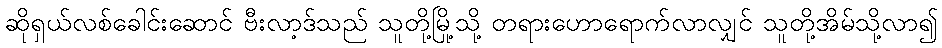
ဆိုရှယ်လစ်ခေါင်းဆောင် ဗီးလာ့ဒ်သည် သူတို့မြို့သို့ တရားဟောရောက်လာလျှင် သူတို့အိမ်သို့လာ၍